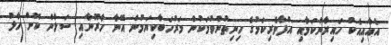
އެއާއިއެކު ހައިރާންކަމާއި އުފާވެރިކަމުގެ ހިނިތުންވުމަކުން މަރުހަބާކިޔަމުން އޭނާ ހާރޫނާއި ސަލާން ކޮށް ހާލު